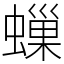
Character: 𧑀